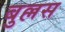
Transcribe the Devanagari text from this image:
बुल्लस